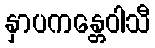
နှာပကန္တေဝါသီ